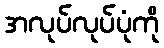
အလုပ်လုပ်ပုံကို